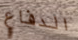
الدفاع